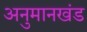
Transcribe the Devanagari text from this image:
अनुमानखंड